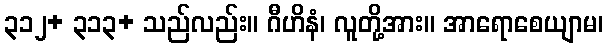
၃၁၂+ ၃၁၃+ သည်လည်း။ ဂီဟိနံ၊ လူတို့အား။ အာရောစေယျာမ၊